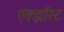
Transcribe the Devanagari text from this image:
एक्झॉस्ट